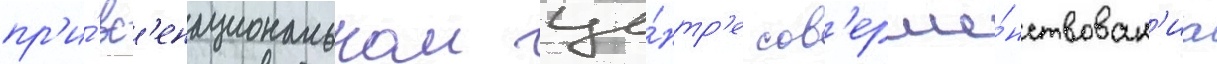
пр'и́ вс'енациональном це́нтр'е сов'ерше́нствован'иа